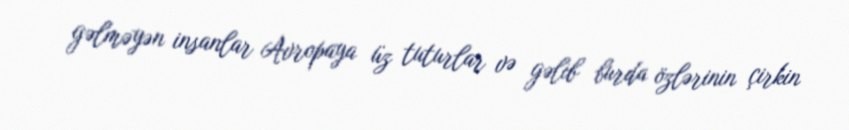
gəlməyən insanlar Avropaya üz tuturlar və gəlib burda özlərinin çirkin